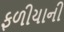
ફળીયાની